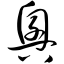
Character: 兴